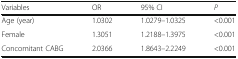
<table><thead><tr><td><b>Variables</b></td><td><b>OR</b></td><td><b>95% CI</b></td><td><b><i>P</i></b></td></tr></thead><tbody><tr><td>Age (year)</td><td>1.0302</td><td>1.0279–1.0325</td><td>&lt;0.001</td></tr><tr><td>Female</td><td>1.3051</td><td>1.2188–1.3975</td><td>&lt;0.001</td></tr><tr><td>Concomitant CABG</td><td>2.0366</td><td>1.8643–2.2249</td><td>&lt;0.001</td></tr></tbody></table>